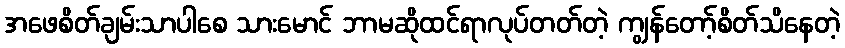
အဖေစိတ်ချမ်းသာပါစေ သားမောင် ဘာမဆိုထင်ရာလုပ်တတ်တဲ့ ကျွန်တော့်စိတ်သိနေတဲ့